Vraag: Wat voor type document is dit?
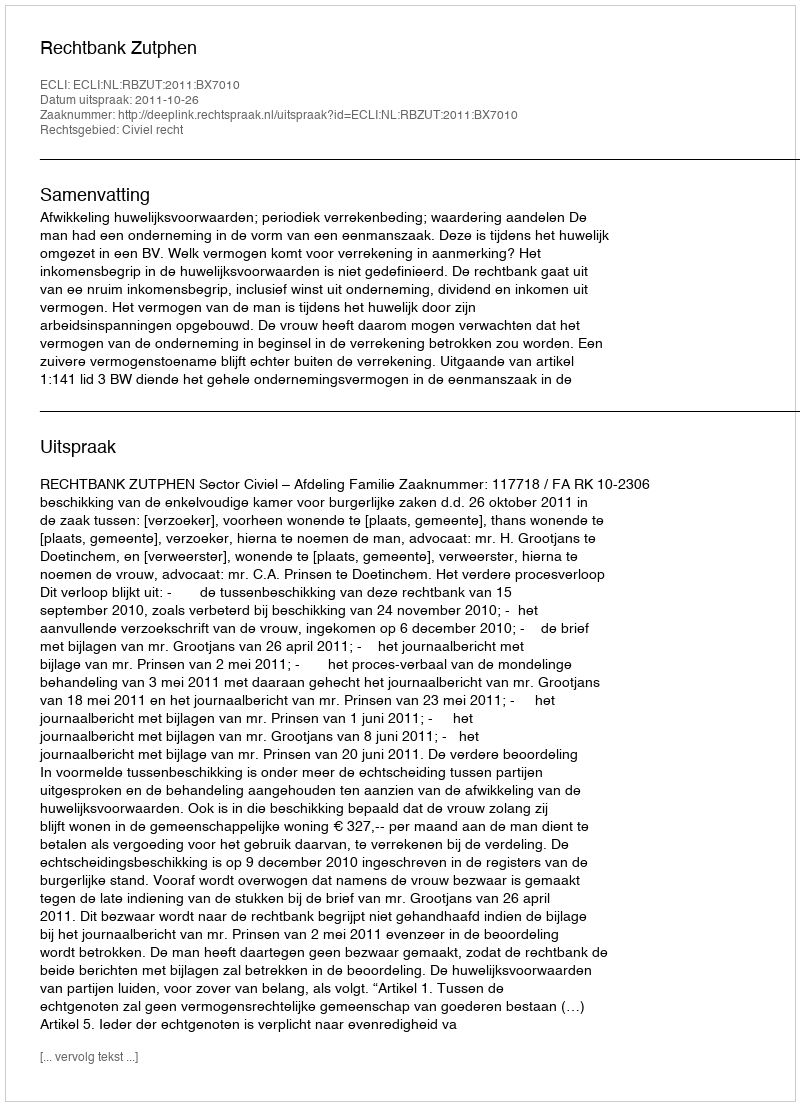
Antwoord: Uitspraak